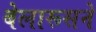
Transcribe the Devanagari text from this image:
बेलारूसने